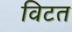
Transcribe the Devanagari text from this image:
विटत